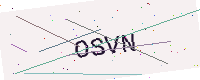
Text: OSVN